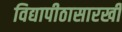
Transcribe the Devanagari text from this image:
विद्यापीठासारखी